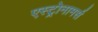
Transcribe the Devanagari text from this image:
एस्ट्रोनामर्स